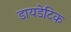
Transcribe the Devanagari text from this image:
डायडेटिक